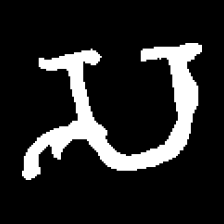
Pyu character \u2014 Myanmar letter: သ (romanized: sa)